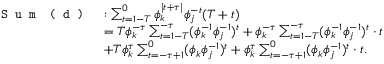
\begin{array} { r l } { \texttt { S u m } \texttt { ( d ) } } & { : \sum _ { t = 1 - T } ^ { 0 } \phi _ { k } ^ { \mid t + \tau \mid } \phi _ { j } ^ { - t } ( T + t ) } \\ & { = T \phi _ { k } ^ { - \tau } \sum _ { t = 1 - T } ^ { - \tau } ( \phi _ { k } ^ { - 1 } \phi _ { j } ^ { - 1 } ) ^ { t } + \phi _ { k } ^ { - \tau } \sum _ { t = 1 - T } ^ { - \tau } ( \phi _ { k } ^ { - 1 } \phi _ { j } ^ { - 1 } ) ^ { t } \cdot t } \\ & { + T \phi _ { k } ^ { \tau } \sum _ { t = - \tau + 1 } ^ { 0 } ( \phi _ { k } \phi _ { j } ^ { - 1 } ) ^ { t } + \phi _ { k } ^ { \tau } \sum _ { t = - \tau + 1 } ^ { 0 } ( \phi _ { k } \phi _ { j } ^ { - 1 } ) ^ { t } \cdot t . } \end{array}